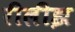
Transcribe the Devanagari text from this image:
रीलीझ